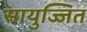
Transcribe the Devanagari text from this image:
सायुज्जित